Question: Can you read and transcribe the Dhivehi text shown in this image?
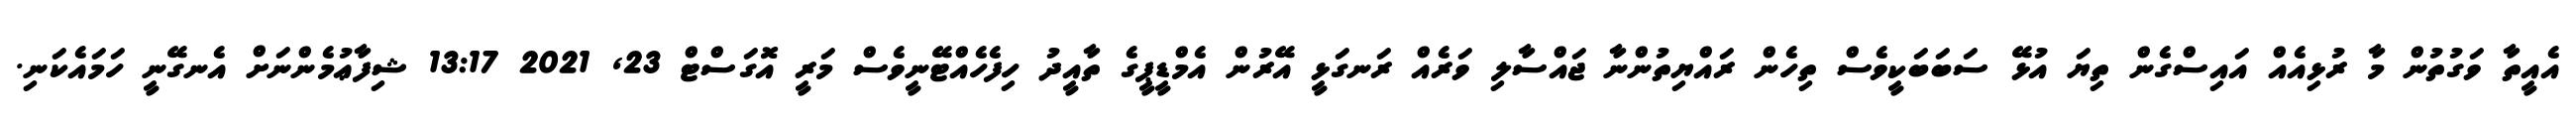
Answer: އެއީތާ ވަގުތުން މާ ރުޅިއެއް އައިސްގެން ތިޔަ އުޅޭ ސަބަބަކީވެސް ތިހެން ރައްޔިތުންނާ ޖައްސާލި ވަރެއް ރަނގަޅީ އޭރުން އެމްޑީޕީގެ ތާއީދު ހިފެހެއްޓޭނީވެސް މަރީ އޮގަސްޓް 23, 2021 13:17 ޝިފާޢުމެންނަށް އެނގޭނީ ހަމައެކަނި.